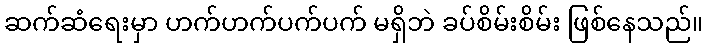
ဆက်ဆံရေးမှာ ဟက်ဟက်ပက်ပက် မရှိဘဲ ခပ်စိမ်းစိမ်း ဖြစ်နေသည်။